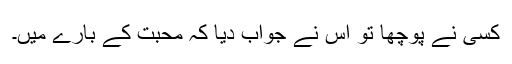
کسی نے پوچھا تو اس نے جواب دیا کہ محبت کے بارے میں۔